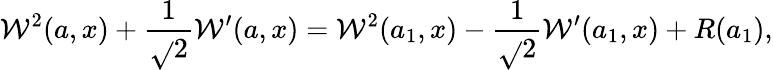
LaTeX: \mathcal{W}^{2}(a,x)+\frac{{1}}{{\sqrt{}{{2}}}}\mathcal{W}^{\prime}(a,x)=\mathcal{W}^{2}(a_{1},x)-\frac{{1}}{{\sqrt{}{{2}}}}\mathcal{W}^{\prime}(a_{1},x)+R(a_{1}),